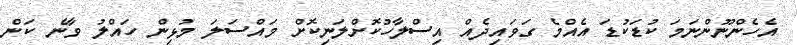
އެހެންނޫންނަމަ ކުޑަކުޑަ އެއްމެ ގަވައިދެއް އިސްލާހުކޮށްލަނިކޮށް މައްސަލަ މުޅިން ހައްލު ވާނެ ކަން